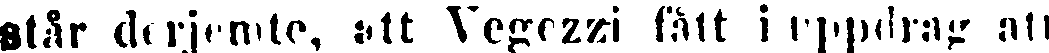
står derjemte, att Vegezzi fått i uppdrag att